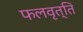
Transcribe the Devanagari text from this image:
फलवृत्ति